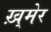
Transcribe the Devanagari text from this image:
ख़्मेर